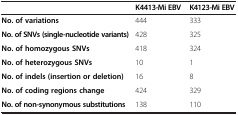
<table><thead><tr><td><b> </b></td><td><b>K4413-Mi EBV</b></td><td><b>K4123-Mi EBV</b></td></tr></thead><tbody><tr><td><b>No. of variations</b></td><td>444</td><td>333</td></tr><tr><td><b>No. of SNVs (single-nucleotide variants)</b></td><td>428</td><td>325</td></tr><tr><td><b>No. of homozygous SNVs</b></td><td>418</td><td>324</td></tr><tr><td><b>No. of heterozygous SNVs</b></td><td>10</td><td>1</td></tr><tr><td><b>No. of indels (insertion or deletion)</b></td><td>16</td><td>8</td></tr><tr><td><b>No. of coding regions change</b></td><td>424</td><td>329</td></tr><tr><td><b>No. of non-synonymous substitutions</b></td><td>138</td><td>110</td></tr></tbody></table>